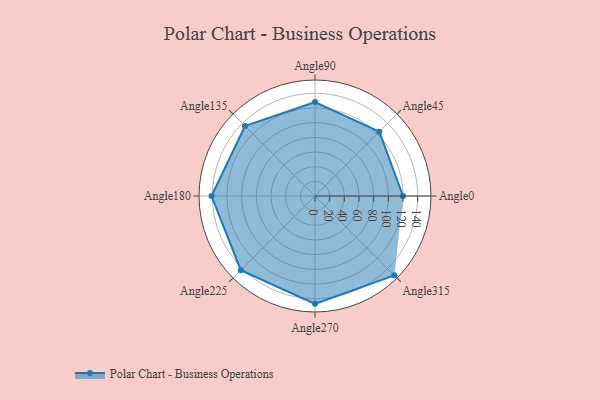
{"axis": {"x": "Angle", "y": "Radius"}, "legend": [""], "data": [{"x": "Angle0", "y": 120.0, "type": ""}, {"x": "Angle45", "y": 124.0, "type": ""}, {"x": "Angle90", "y": 128.0, "type": ""}, {"x": "Angle135", "y": 135.0, "type": ""}, {"x": "Angle180", "y": 141.0, "type": ""}, {"x": "Angle225", "y": 143.0, "type": ""}, {"x": "Angle270", "y": 147.0, "type": ""}, {"x": "Angle315", "y": 153.0, "type": ""}]}